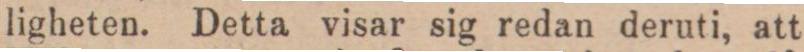
ligheten. Detta visar sig redan deruti, att